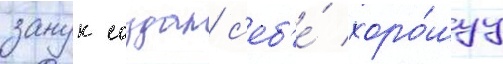
занук создал с'еб'е́ хоро́шуу